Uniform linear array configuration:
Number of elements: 24
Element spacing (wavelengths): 0.75
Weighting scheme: binomial
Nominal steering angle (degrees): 45
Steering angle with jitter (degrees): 46.784
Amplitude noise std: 0.05
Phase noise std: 0.05

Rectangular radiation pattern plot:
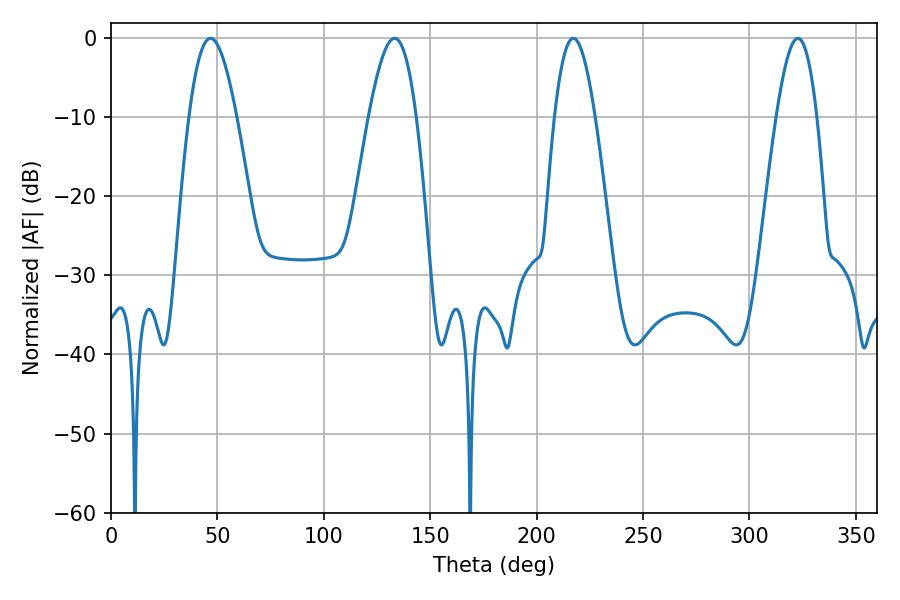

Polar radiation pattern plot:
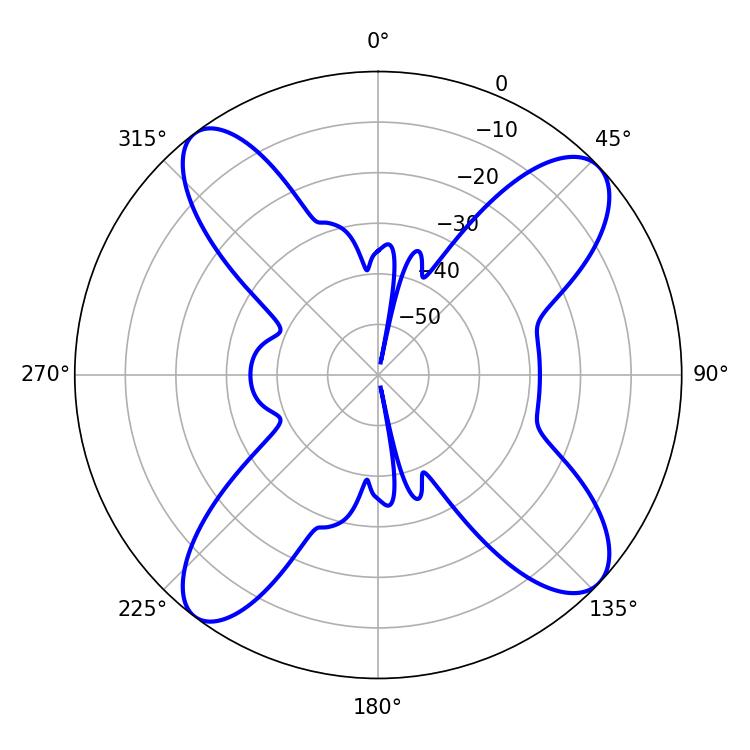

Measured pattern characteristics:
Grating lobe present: TRUE
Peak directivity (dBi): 13.055
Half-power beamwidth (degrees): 10.44
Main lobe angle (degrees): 217.26